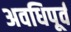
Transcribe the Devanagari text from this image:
अवधिपूर्व